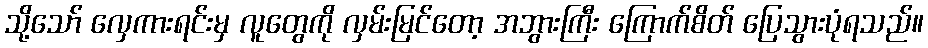
သို့သော် လှေကားရင်းမှ လူတွေကို လှမ်းမြင်တော့ အဘွားကြီး ကြောက်စိတ် ပြေသွားပုံရသည်။